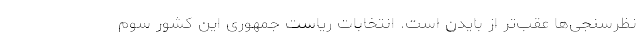
نظرسنجی‌ها عقب‌تر از بایدن است. انتخابات ریاست جمهوری این کشور سوم